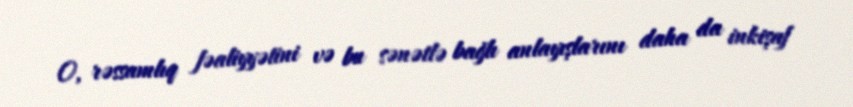
O, rəssamlıq fəaliyyətini və bu sənətlə bağlı anlayışlarını daha da inkişaf